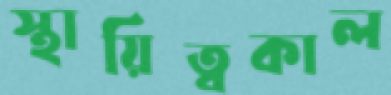
স্থায়িত্বকাল